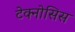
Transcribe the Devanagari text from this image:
टेक्नोसिस